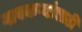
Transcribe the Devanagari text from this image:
गावकऱ्यांसाठी